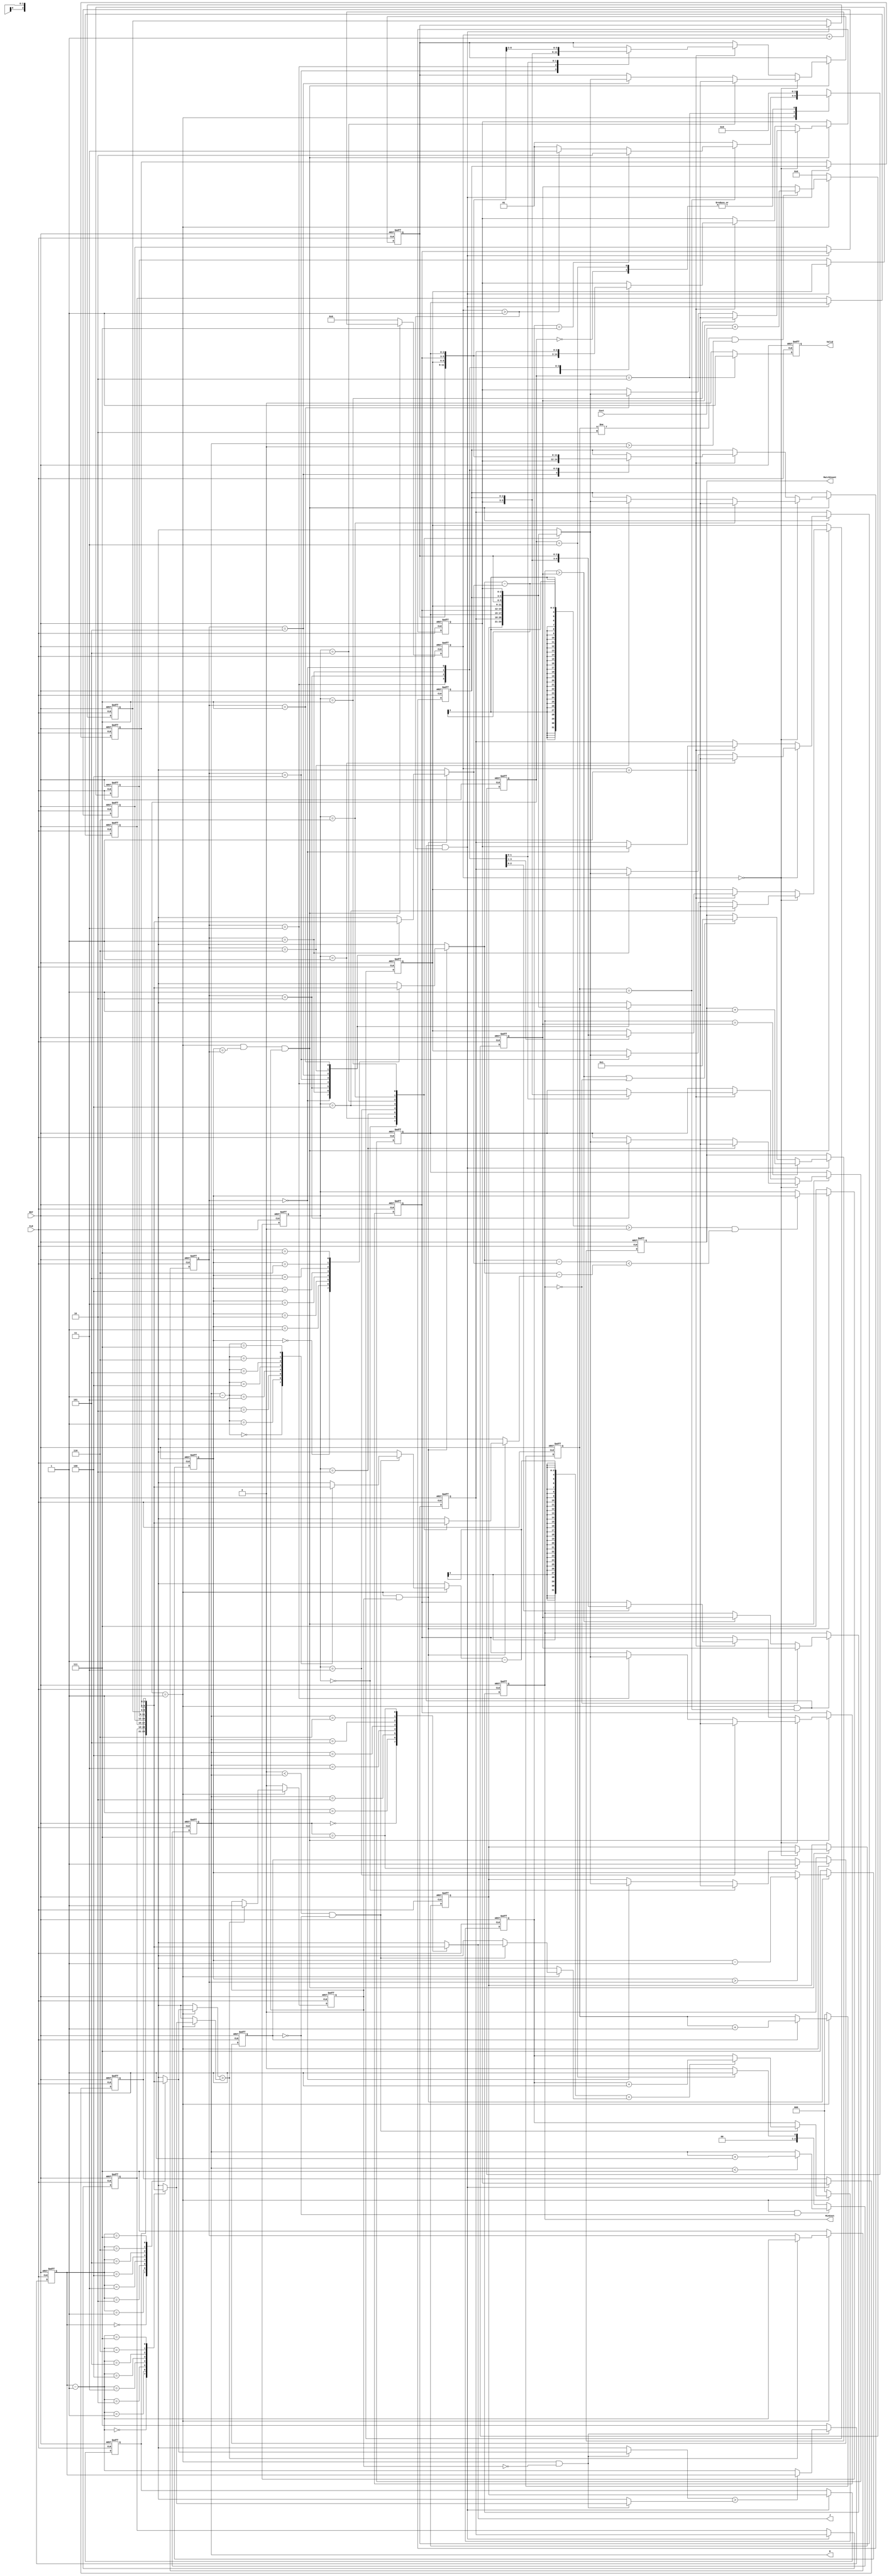
`timescale 1ns/10ps
module JAM (
    input CLK,
    input RST,
    output reg [2:0] W,
    output [2:0] J,
    input [6:0] Cost,
    output reg [3:0] MatchCount,
    output reg [9:0] MinCost,
    output reg Valid );

parameter STATE_IDLE = 2'd0;
parameter STATE_INPUT = 2'd1;
parameter STATE_OUT = 2'd2;
parameter STATE_ALG = 2'd3;

integer i;

reg [1:0]cur_state;
reg [1:0]nx_state;
reg [2:0]n[0:7];
reg [2:0]nx_n[0:7];
reg [2:0]change1;
reg [2:0]change2;
reg [2:0]count1;
reg [2:0]count2;
reg [3:0]delay;
reg [9:0]totalCost;
reg [2:0]flag;
reg stop_count1;
reg stop_w;
reg [2:0]cost_delay;

always@(posedge CLK or posedge RST)begin
    if(RST)begin
        cur_state <= STATE_IDLE;
    end
    else begin
        cur_state <= nx_state;
    end
end

always@( * )begin
    case(cur_state)
        STATE_IDLE: nx_state = STATE_INPUT;
        STATE_INPUT: begin
            if(cost_delay == 1)begin
                if(flag == 3'd7) nx_state = STATE_OUT;
                else if(delay > 1) nx_state = STATE_ALG;
                else nx_state = STATE_INPUT;
            end
            else begin
                nx_state = STATE_INPUT;
            end
        end
        STATE_OUT: nx_state = STATE_OUT;
        STATE_ALG: nx_state = STATE_INPUT;
    endcase
end

//ALG
always@(posedge CLK or posedge RST)begin
    if(RST)begin
        for(i = 0 ; i < 8 ; i = i + 1) n[i] <= i;
    end
    else if(cur_state == STATE_INPUT && cost_delay == 1 && delay > 1)begin
        for(i = 0 ; i < 8 ; i = i + 1) n[i] <= nx_n[i];
    end
    else begin
        for(i = 0 ; i < 8 ; i = i + 1) n[i] <= n[i];
    end
end

//INPUT
always@(posedge CLK or posedge RST)begin
    if(RST)begin
        for(i = 0 ; i < 8 ; i = i + 1) nx_n[i] <= i;
    end
    else if(cur_state == STATE_INPUT && count2 == change1 && stop_count1)begin
        if(delay == 0)begin
            nx_n[change1] <= nx_n[change2];
            nx_n[change2] <= nx_n[change1];
        end
        else if(delay == 1)begin
            case(change1)
                5:begin
                    nx_n[6] <= nx_n[7];
                    nx_n[7] <= nx_n[6];
                end
                4:begin
                    nx_n[7] <= nx_n[5];
                    nx_n[5] <= nx_n[7];
                end
                3:begin
                    nx_n[7] <= nx_n[4];
                    nx_n[6] <= nx_n[5];
                    nx_n[5] <= nx_n[6];
                    nx_n[4] <= nx_n[7];
                end
                2:begin
                    nx_n[7] <= nx_n[3];
                    nx_n[6] <= nx_n[4];
                    nx_n[4] <= nx_n[6];
                    nx_n[3] <= nx_n[7];
                end
                1:begin
                    nx_n[7] <= nx_n[2];
                    nx_n[6] <= nx_n[3];
                    nx_n[5] <= nx_n[4];
                    nx_n[4] <= nx_n[5];
                    nx_n[3] <= nx_n[6];
                    nx_n[2] <= nx_n[7];
                end
                0:begin
                    nx_n[7] <= nx_n[1];
                    nx_n[6] <= nx_n[2];
                    nx_n[5] <= nx_n[3];
                    nx_n[3] <= nx_n[5];
                    nx_n[2] <= nx_n[6];
                    nx_n[1] <= nx_n[7];
                end
                default:begin
                    nx_n[0] <= nx_n[0];
                    nx_n[1] <= nx_n[1];
                    nx_n[2] <= nx_n[2];
                    nx_n[3] <= nx_n[3];
                    nx_n[4] <= nx_n[4];
                    nx_n[5] <= nx_n[5];
                    nx_n[6] <= nx_n[6];
                    nx_n[7] <= nx_n[7];
                end 
            endcase
        end
        else begin
            nx_n[0] <= nx_n[0];
            nx_n[1] <= nx_n[1];
            nx_n[2] <= nx_n[2];
            nx_n[3] <= nx_n[3];
            nx_n[4] <= nx_n[4];
            nx_n[5] <= nx_n[5];
            nx_n[6] <= nx_n[6];
            nx_n[7] <= nx_n[7];
        end
    end
end

always@(posedge CLK or posedge RST)begin
    if(RST)begin
        change1 <= 7;
    end
    else if(cur_state == STATE_INPUT)begin
        if(n[count1] > n[count1-1])begin
            change1 <= count1 - 1;
        end
        else begin
            change1 <= change1;
        end
    end
    else begin
        change1 <= 7;
    end
end

always@(posedge CLK or posedge RST)begin
    if(RST)begin
        change2 <= 7;
    end
    else if(cur_state == STATE_INPUT && stop_count1)begin
        if((n[count2] - n[change1]) > 0 && (n[count2] - n[change1]) < (n[count2] - n[change2]))begin
            change2 <= count2;
        end
        else begin
            change2 <= change2;
        end
    end
    else begin
        change2 <= 7;
    end
end

always@(posedge CLK or posedge RST)begin
    if(RST)begin
        count1 <= 7;
    end
    else if(cur_state == STATE_INPUT && !stop_count1)begin
        if(n[count1] > n[count1-1])begin
            count1 <= count1;
        end
        else begin
            count1 <= count1 - 1;
        end
    end
    else begin
        count1 <= 7;
    end
end

always@(posedge CLK or posedge RST)begin
    if(RST)begin
        stop_count1 <= 0;
    end
    else if(cur_state == STATE_INPUT)begin
        if(n[count1] > n[count1-1])begin
            stop_count1 <= 1;
        end
        else begin
            stop_count1 <= stop_count1;
        end
    end
    else begin
        stop_count1 <= 0;
    end
end

always@(posedge CLK or posedge RST)begin
    if(RST)begin
        count2 <= 7;
    end
    else if(cur_state == STATE_INPUT && stop_count1)begin
        if(count2 > change1)begin
            count2 <= count2 - 1;
        end
        else begin
            count2 <= count2;
        end
    end
    else begin
        count2 <= 7;
    end
end

always@(posedge CLK or posedge RST)begin
    if(RST)begin
        delay <= 0;
    end
    else if(cur_state == STATE_INPUT && count2 == change1 && stop_count1)begin
        delay <= delay + 1;
    end
    else begin
        delay <= 0;
    end
end

//INPUT

always@(posedge CLK or posedge RST)begin
    if(RST)begin
        W <= 0;
    end
    else if(cur_state == STATE_INPUT && !stop_w)begin
        if(W < 7)begin
            W <= W + 1;
        end
        else begin
            W <= W;
        end
    end
    else if(cur_state == STATE_ALG)begin
        W <= 1;
    end
    else begin
        W <= 0;
    end
end

always@(posedge CLK or posedge RST)begin
    if(RST)begin
        stop_w <= 0;
    end
    else if(cur_state == STATE_INPUT)begin
        if(W == 7)begin
            stop_w <= 1;
        end
        else begin
            stop_w <= stop_w;
        end
    end
    else begin
        stop_w <= 0;
    end
end

always@(posedge CLK or posedge RST)begin
    if(RST)begin
        cost_delay <= 0;
    end
    else if(cur_state == STATE_INPUT)begin
        if(stop_w)begin
            cost_delay <= cost_delay + 1;
        end
        else begin
            cost_delay <= cost_delay;
        end
    end
    else begin
        cost_delay <= 0;
    end
end

assign J = n[W];

always@(posedge CLK or posedge RST)begin
    if(RST)begin
        totalCost <= 0;
    end
    else if(cur_state == STATE_INPUT)begin
        if(cost_delay != 2 && W > 0)begin
            totalCost <= totalCost + Cost;
        end
        else begin
            totalCost <= totalCost;
        end
    end
    else begin
        totalCost <= 0;
    end
end

always@(posedge CLK or posedge RST)begin
    if(RST)begin
        MinCost <= 0;
    end
    else if(cur_state == STATE_INPUT && cost_delay == 1)begin
        if(MinCost == 0)begin
            MinCost <= totalCost;
        end
        else if(MinCost > totalCost)begin
            MinCost <= totalCost;
        end
        else begin
            MinCost <= MinCost;
        end
    end
    else begin
        MinCost <= MinCost;
    end
end

always@(posedge CLK or posedge RST)begin
    if(RST)begin
        MatchCount <= 0;
    end
    else if(cur_state == STATE_INPUT && cost_delay == 1 && delay > 1)begin
        if(MinCost == totalCost)begin
            MatchCount <= MatchCount + 1;
        end
        else if(MinCost > totalCost || MinCost == 0)begin
            MatchCount <= 1;
        end
        else begin
            MatchCount <= MatchCount;
        end
    end
    else begin
        MatchCount <= MatchCount;
    end
end

always@(posedge CLK or posedge RST)begin
    if(RST)begin
        flag <= 0;
    end
    else if(cur_state == STATE_INPUT)begin
        if(0 < W && !stop_w)begin
            if((n[W-1] - 1) == n[W])begin
                flag <= flag + 1;
            end
            else begin
                flag <= flag;
            end
        end
        else begin
            flag <= flag;
        end
    end
    else begin
        flag <= 0;
    end
end

//OUT
always@(posedge CLK or posedge RST)begin
    if(RST)begin
        Valid <= 0;
    end
    else if(cur_state == STATE_OUT)begin
        Valid <= 1;
    end
    else begin
        Valid <= 0;
    end
end

endmodule